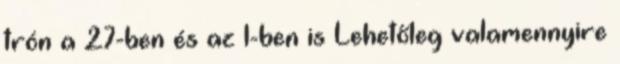
trón a 27-ben és az 1-ben is Lehetőleg valamennyire